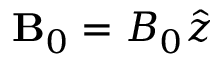
{ \bf B } _ { 0 } = B _ { 0 } \hat { z }